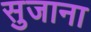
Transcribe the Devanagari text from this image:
सुजाना